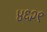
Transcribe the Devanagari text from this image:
४६२९